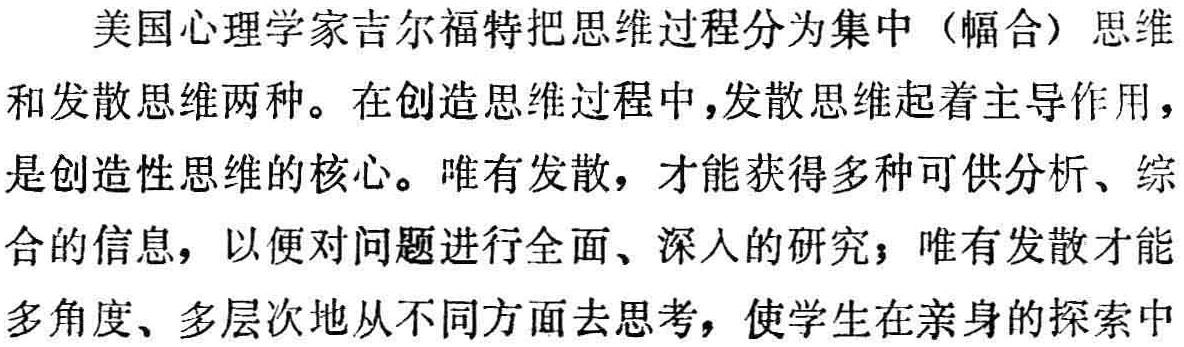
美国心理学家吉尔福特把思维过程分为集中（幅合）思维和发散思维两种。在创造思维过程中，发散思维起着主导作用，是创造性思维的核心。唯有发散，才能获得多种可供分析、综合的信息，以便对问题进行全面、深入的研究；唯有发散才能多角度、多层次地从不同方面去思考，使学生在亲身的探索中